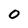
Character: 0